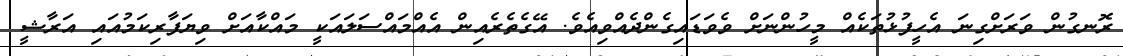
ރޮނގުން ވަރަށްގިނަ އެހީފުޅުތަކެއް މީހުންނަށް ވެވަޑައިގެންދެއްވިއެވެ. އޭގެތެރެއިން އެއްމައްސަލައަކީ މައްކާއަށް ވިޔަފާރިކަމުއައި އަރާޝީ